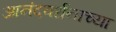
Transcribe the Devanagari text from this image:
आनंदवर्धनाच्या